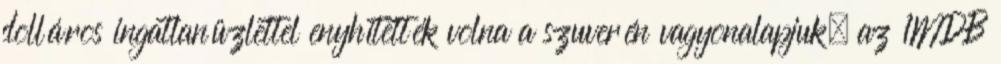
dolláros ingatlanüzlettel enyhítették volna a szuverén vagyonalapjuk, az 1MDB